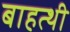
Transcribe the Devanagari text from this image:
बाहत्थी